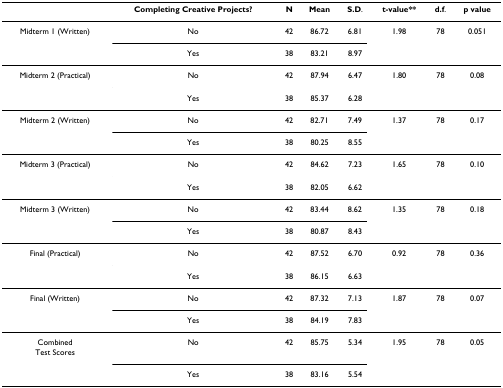
<table><thead><tr><td></td><td><b>Completing Creative Projects?</b></td><td><b>N</b></td><td><b>Mean</b></td><td><b>S.D.</b></td><td><b>t-value**</b></td><td><b>d.f.</b></td><td><b>p value</b></td></tr></thead><tbody><tr><td>Midterm 1 (Written)</td><td>No</td><td>42</td><td>86.72</td><td>6.81</td><td>1.98</td><td>78</td><td>0.051</td></tr><tr><td></td><td>Yes</td><td>38</td><td>83.21</td><td>8.97</td><td></td><td></td><td></td></tr><tr><td>Midterm 2 (Practical)</td><td>No</td><td>42</td><td>87.94</td><td>6.47</td><td>1.80</td><td>78</td><td>0.08</td></tr><tr><td></td><td>Yes</td><td>38</td><td>85.37</td><td>6.28</td><td></td><td></td><td></td></tr><tr><td>Midterm 2 (Written)</td><td>No</td><td>42</td><td>82.71</td><td>7.49</td><td>1.37</td><td>78</td><td>0.17</td></tr><tr><td></td><td>Yes</td><td>38</td><td>80.25</td><td>8.55</td><td></td><td></td><td></td></tr><tr><td>Midterm 3 (Practical)</td><td>No</td><td>42</td><td>84.62</td><td>7.23</td><td>1.65</td><td>78</td><td>0.10</td></tr><tr><td></td><td>Yes</td><td>38</td><td>82.05</td><td>6.62</td><td></td><td></td><td></td></tr><tr><td>Midterm 3 (Written)</td><td>No</td><td>42</td><td>83.44</td><td>8.62</td><td>1.35</td><td>78</td><td>0.18</td></tr><tr><td></td><td>Yes</td><td>38</td><td>80.87</td><td>8.43</td><td></td><td></td><td></td></tr><tr><td>Final (Practical)</td><td>No</td><td>42</td><td>87.52</td><td>6.70</td><td>0.92</td><td>78</td><td>0.36</td></tr><tr><td></td><td>Yes</td><td>38</td><td>86.15</td><td>6.63</td><td></td><td></td><td></td></tr><tr><td>Final (Written)</td><td>No</td><td>42</td><td>87.32</td><td>7.13</td><td>1.87</td><td>78</td><td>0.07</td></tr><tr><td></td><td>Yes</td><td>38</td><td>84.19</td><td>7.83</td><td></td><td></td><td></td></tr><tr><td>CombinedTest Scores</td><td>No</td><td>42</td><td>85.75</td><td>5.34</td><td>1.95</td><td>78</td><td>0.05</td></tr><tr><td></td><td>Yes</td><td>38</td><td>83.16</td><td>5.54</td><td></td><td></td><td></td></tr></tbody></table>